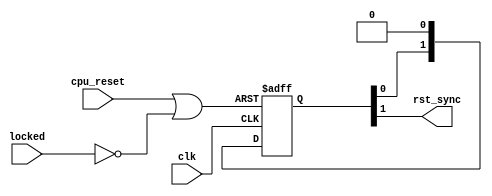
/********************************************************************************
* Reset synchroniser.
*   http://www.markharvey.info/art/reset_07.09.2016/reset_07.09.2016.html
********************************************************************************/ 
module io_reset_synchroniser (
    input wire clk, 
    input wire locked, 
    input wire cpu_reset, 
    output wire rst_sync);
    
    wire rst_async;
    reg [1:0] rst_shift_reg = 2'b11;
    
    always @(posedge clk or posedge rst_async)
        if (rst_async) rst_shift_reg <= 2'b11;
        else           rst_shift_reg <= {rst_shift_reg[0], 1'b0};
    
    assign rst_async = cpu_reset | !locked;
    assign rst_sync  = rst_shift_reg[1];
    
endmodule